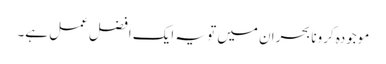
موجودہ کرونا بحران میں تو یہ ایک افضل عمل ہے۔